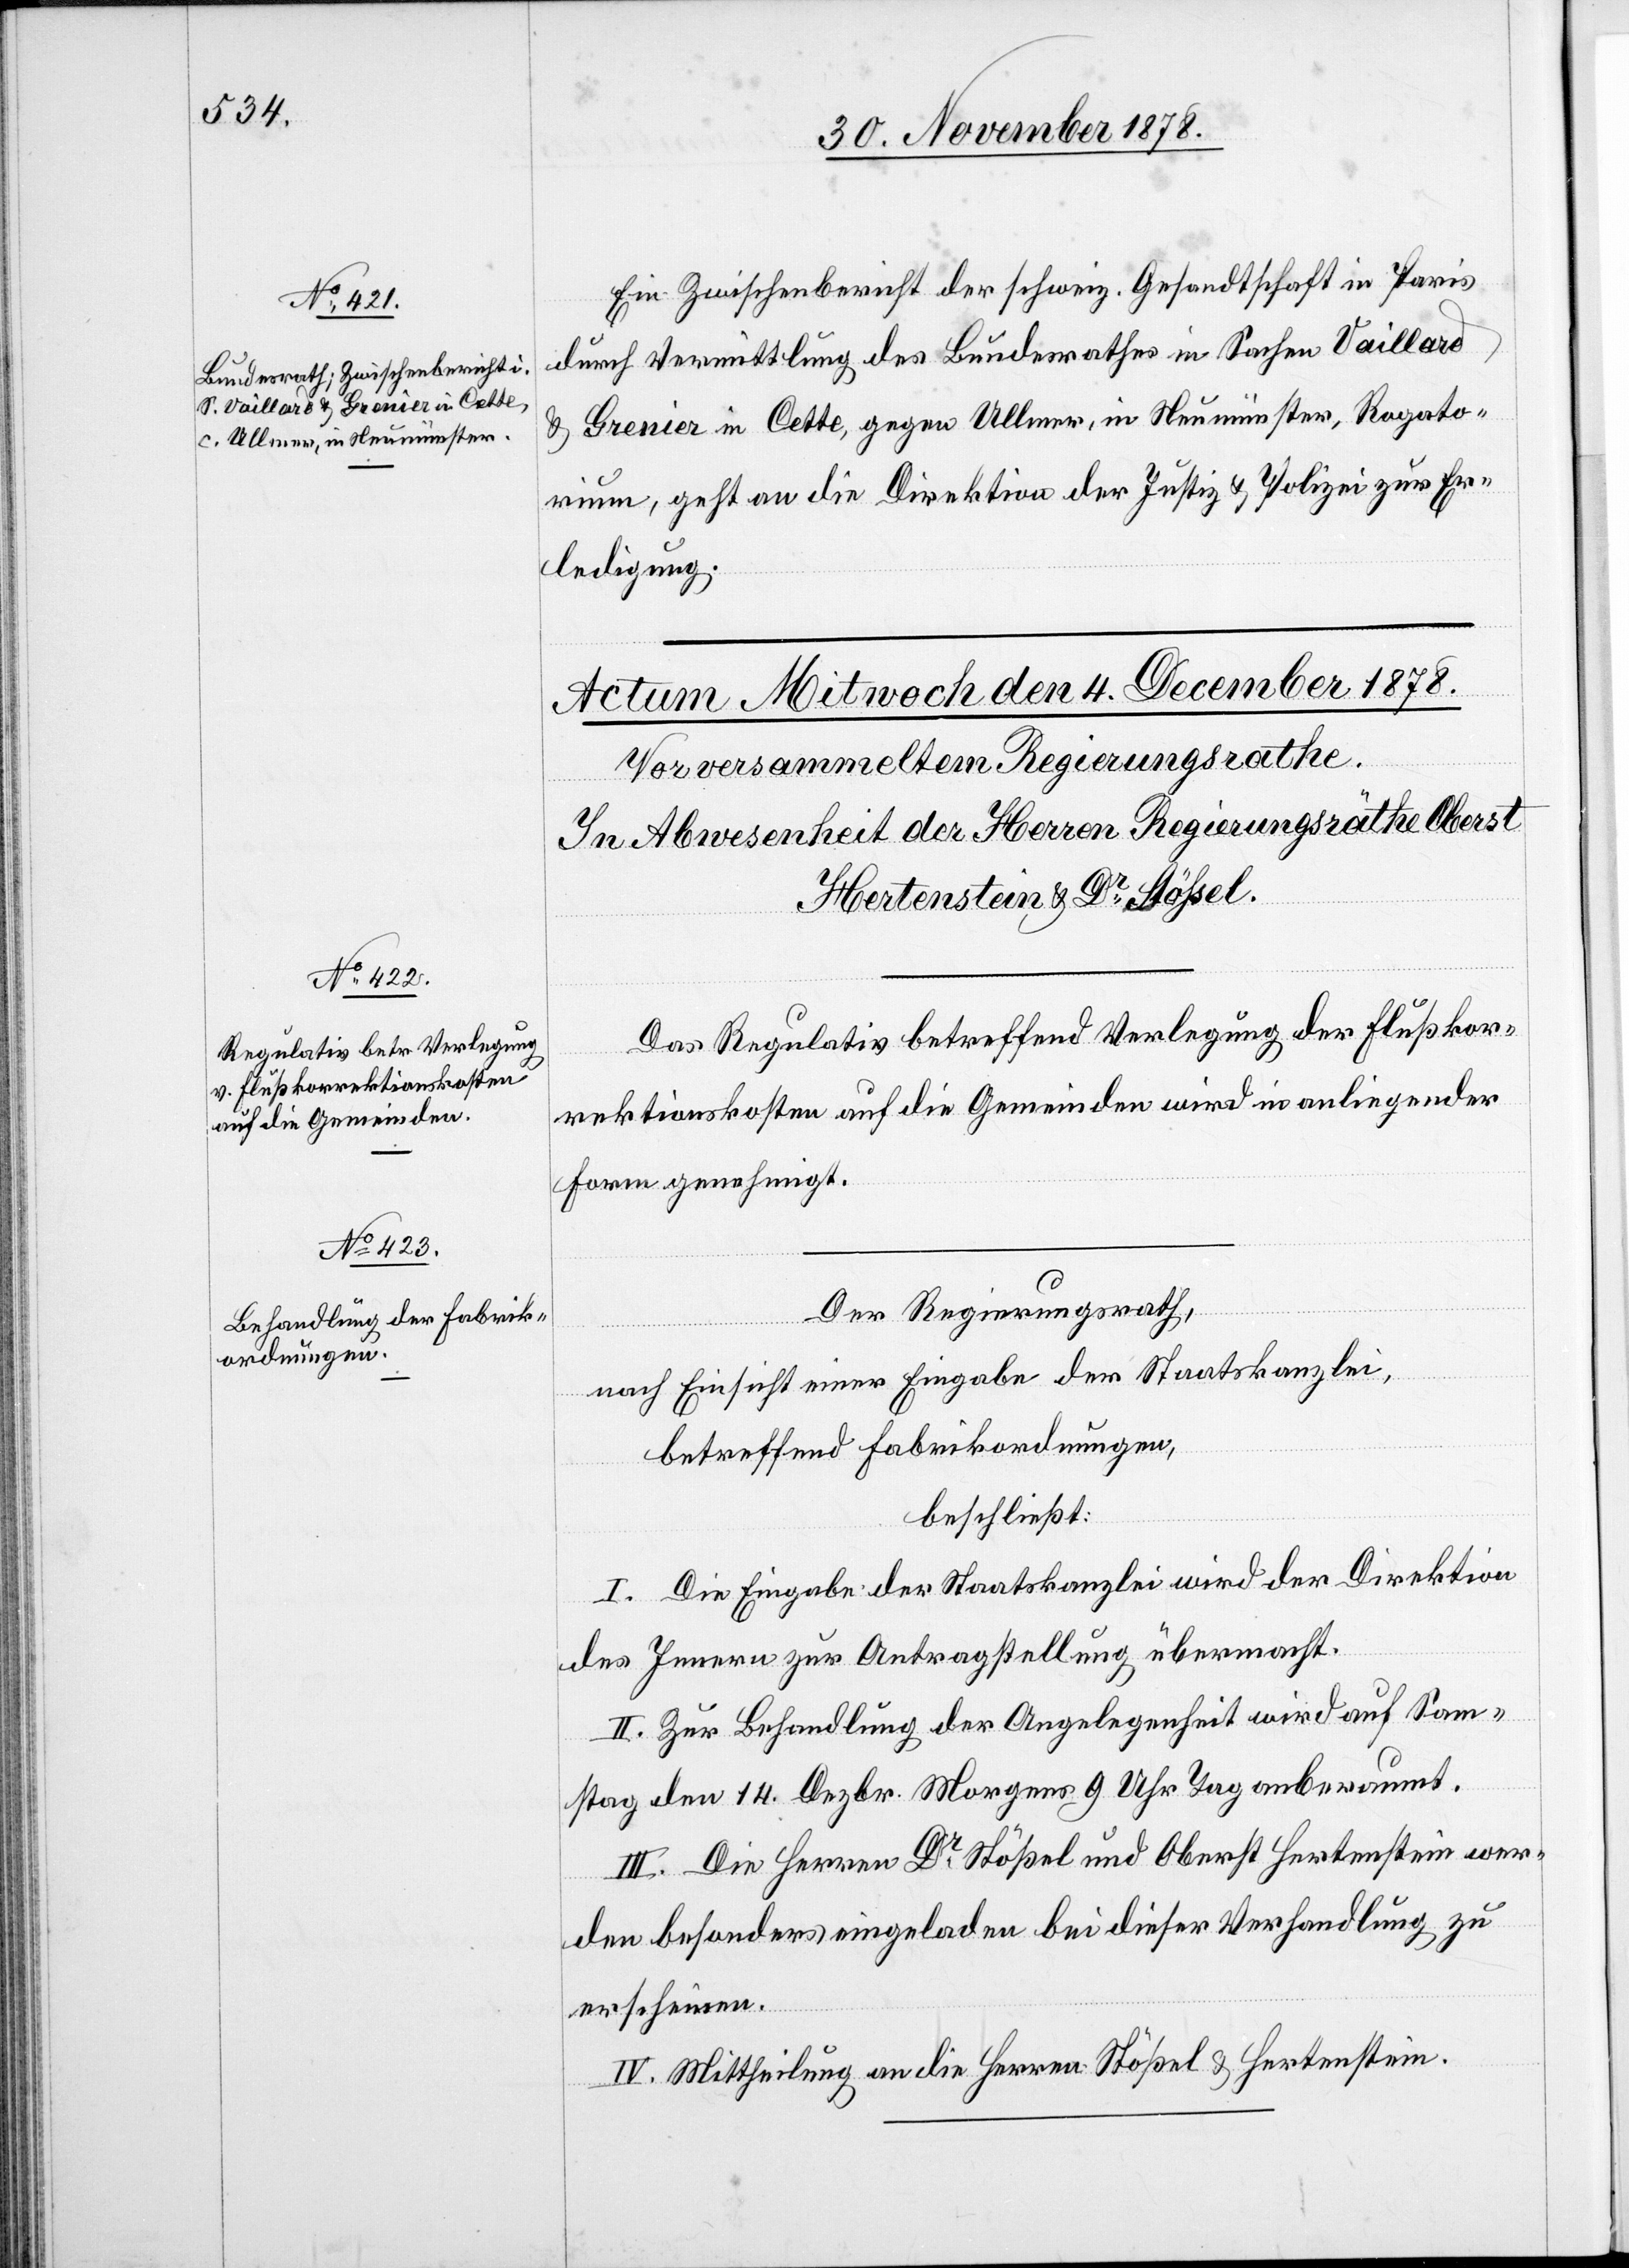
03. Dezember 1878.]
Ein Zwischenbericht der schweiz. Gesandtschaft in Paris
durch Vermittlung des Bundesrathes in Sachen Vaillard
& Grenier in Cette, gegen Ullmer, in Neumünster, Rogato¬
rium, geht an die Direktion der Justiz & Polizei zur Er¬
ledigung.
Das Regulativ betreffend Verlegung der Flußkor¬
rektionskosten auf die Gemeinden wird in anliegender
Form genehmigt.
Der Regierungsrath,
nach Einsicht einer Eingabe der Staatskanzlei,
betreffend Fabrikordnungen,
beschließt:
I. Die Eingabe der Staatskanzlei wird der Direktion
des Innern zur Antragstellung übermacht.
II. Zur Behandlung der Angelegenheit wird auf Son¬
ntag den 14. Dezbr. Morgens 9 Uhr Tag anberaumt.
III. Die Herren Dr Stößel und Oberst Hertenstein wer¬
den besonders eingeladen bei dieser Verhandlung zu
erscheinen.
IV. Mittheilung an die Herren Stößel & Hertenstein.